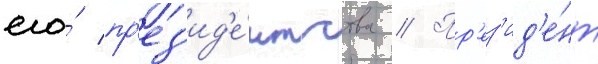
его́ пр'ез'ид'е́нтства // Пр'ез'ид'е́нт